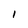
Character: l